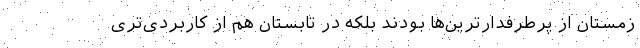
زمستان از پرطرفدارترین‌ها بودند بلکه در تابستان هم از کاربردی‌تری